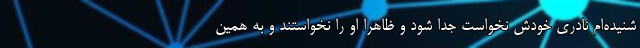
شنیده‌ام نادری خودش نخواست جدا شود و ظاهراً او را نخواستند و به همین